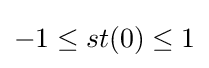
-1\leq st(0)\leq 1